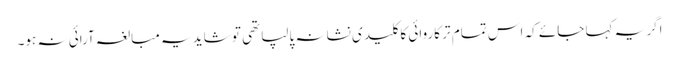
اگر یہ کہا جائے کہ اس تمام تر کاروائی کا کلید ی نشانہ پالپا تھی تو شاید یہ مبالغہ آرائی نہ ہو۔